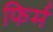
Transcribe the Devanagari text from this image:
फिर्म